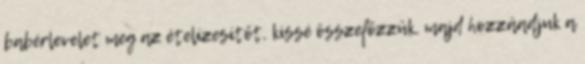
babérlevelet meg az ételízesítőt, kissé összefőzzük, majd hozzáadjuk a